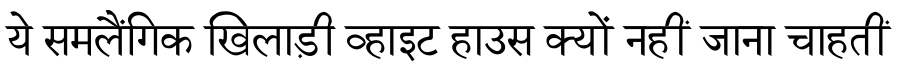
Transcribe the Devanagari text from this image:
ये समलैंगिक खिलाड़ी व्हाइट हाउस क्यों नहीं जाना चाहतीं